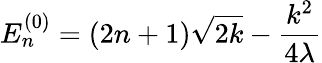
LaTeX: E_{n}^{(0)}=(2n+1)\sqrt{2k}-\frac{k^{2}}{4\lambda}